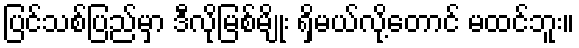
ပြင်သစ်ပြည်မှာ ဒီလိုမြစ်မျိုး ရှိမယ်လို့တောင် မထင်ဘူး။